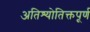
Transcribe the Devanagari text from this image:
अतिश्योतिक्तपूर्ण